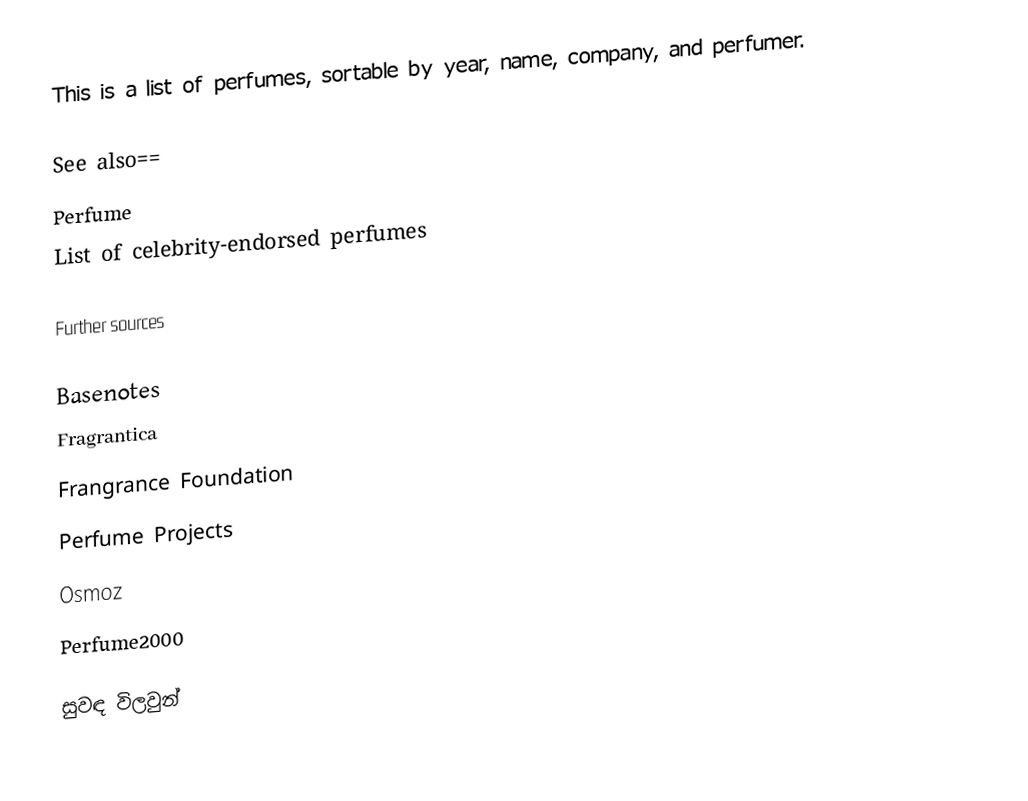
This is a list of perfumes, sortable by year, name, company, and perfumer.

See also==
 Perfume
 List of celebrity-endorsed perfumes

Further sources

Basenotes
Fragrantica
Frangrance Foundation
Perfume Projects
Osmoz
Perfume2000

සුවඳ විලවුන්